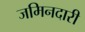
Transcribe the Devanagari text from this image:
जमिनदारी